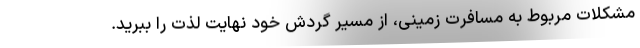
مشکلات مربوط به مسافرت زمینی، از مسیر گردش خود نهایت لذت را ببرید.